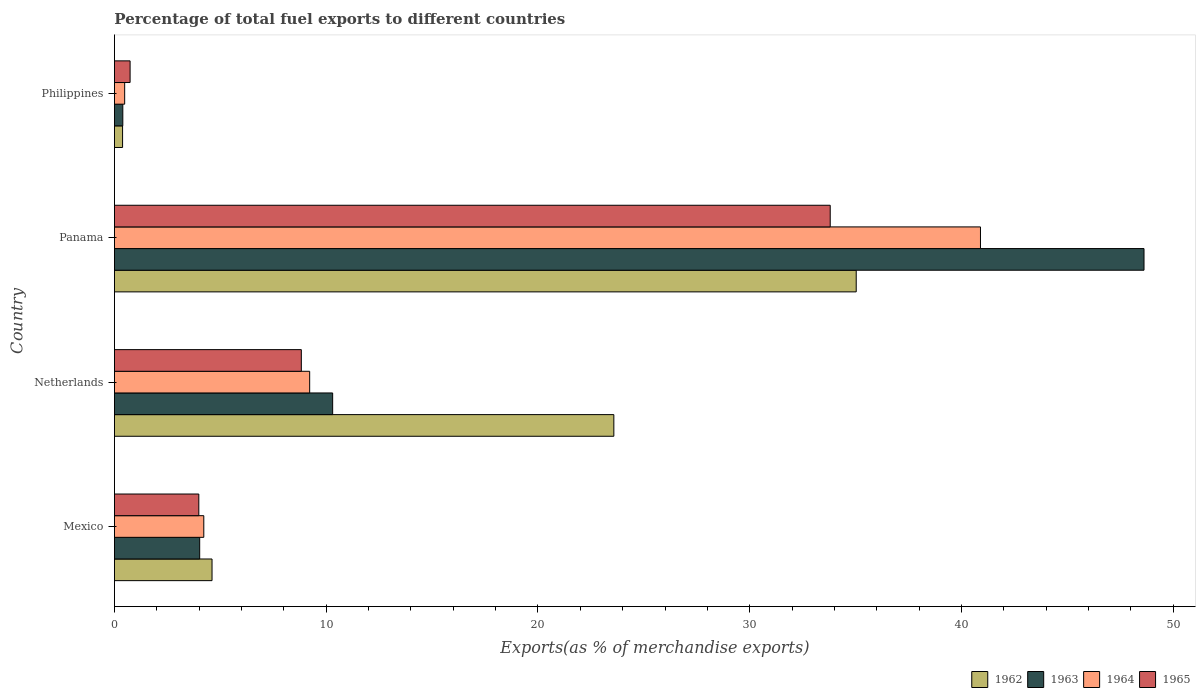
| Country | 1962 | 1963 | 1964 | 1965 |
 | --- | --- | --- | --- | --- |
 | Mexico | 4.61 | 4.03 | 4.22 | 3.99 |
 | Netherlands | 23.6 | 10.3 | 9.22 | 8.83 |
 | Panama | 35 | 48.6 | 40.9 | 33.8 |
 | Philippines | 0.385 | 0.396 | 0.483 | 0.74 |